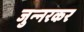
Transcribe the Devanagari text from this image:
जुन्‍नरकर